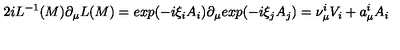
2 i L ^ { - 1 } ( M ) \partial _ { \mu } L ( M ) = e x p ( { - i } \xi _ { i } A _ { i } ) \partial _ { \mu } e x p ( { - i } \xi _ { j } A _ { j } ) = \nu _ { \mu } ^ { i } V _ { i } + a _ { \mu } ^ { i } A _ { i }